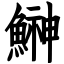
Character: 鰰